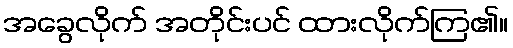
အခွေလိုက် အတိုင်းပင် ထားလိုက်ကြ၏။